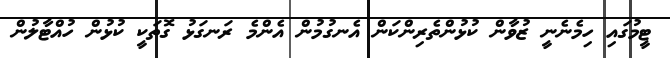
ޓީމުގައި ހިމެނެނީ ޒުވާން ކުޅުންތެރިންކަން އެނގުމުން އެންމެ ރަނގަޅު ގޮތަކީ ކުޅުން ހުއްޓާލުން